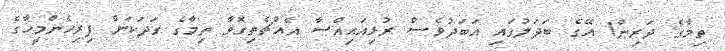
ތިމާގެ ދަރިން! އޭގެ ބަދަލުގައި އަބަދުވެސް ރުޅިއައިއްސާ އެއްޗެތިގޮވާ ތިމާގެ ގަދަކަން ފިރިހެންމީހާގެ